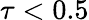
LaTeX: \tau<0.5